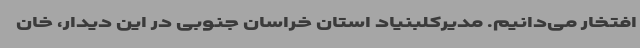
افتخار می‌دانیم. مدیرکلبنیاد استان خراسان جنوبی در این دیدار، خان